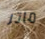
ماتر